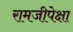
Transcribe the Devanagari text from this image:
रामजीपेक्षा